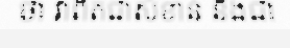
ថា វាពិតជាសំខាន់ និងជា